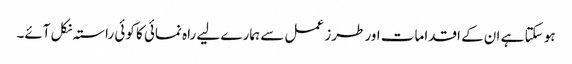
ہو سکتا ہے ان کے اقدامات اور طرز عمل سے ہمارے لیے راہ نمائی کا کوئی راستہ نکل آئے۔